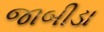
જાબીડા